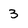
Character: 3